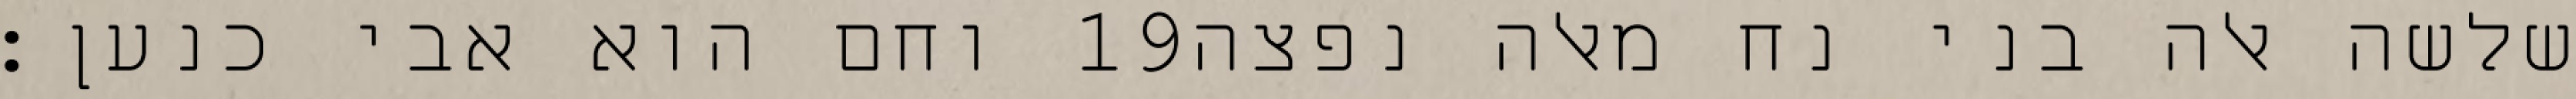
וחם הוא אבי כנען׃ ‎19‏ שלשה אלה בני נח מאלה נפצה